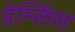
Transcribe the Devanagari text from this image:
ग्रेम्लिंस